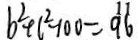
b ^ { 2 } + c ^ { 2 } - 1 0 0 = 9 6